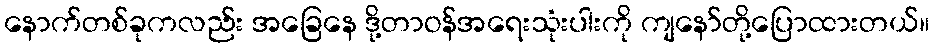
နောက်တစ်ခုကလည်း အခြေနေ ဒို့တာဝန်အရေးသုံးပါးကို ကျနော်တို့ပြောထားတယ်။